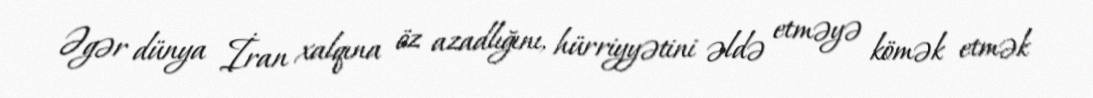
Əgər dünya İran xalqına öz azadlığını, hürriyyətini əldə etməyə kömək etmək